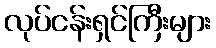
လုပ်ငန်းရှင်ကြီးများ